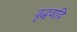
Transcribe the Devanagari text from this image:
वृद्धवादि